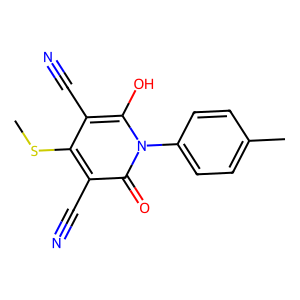
SMILES: CSc1c(C#N)c(O)n(-c2ccc(C)cc2)c(=O)c1C#N
Inhibits HIV replication: Yes